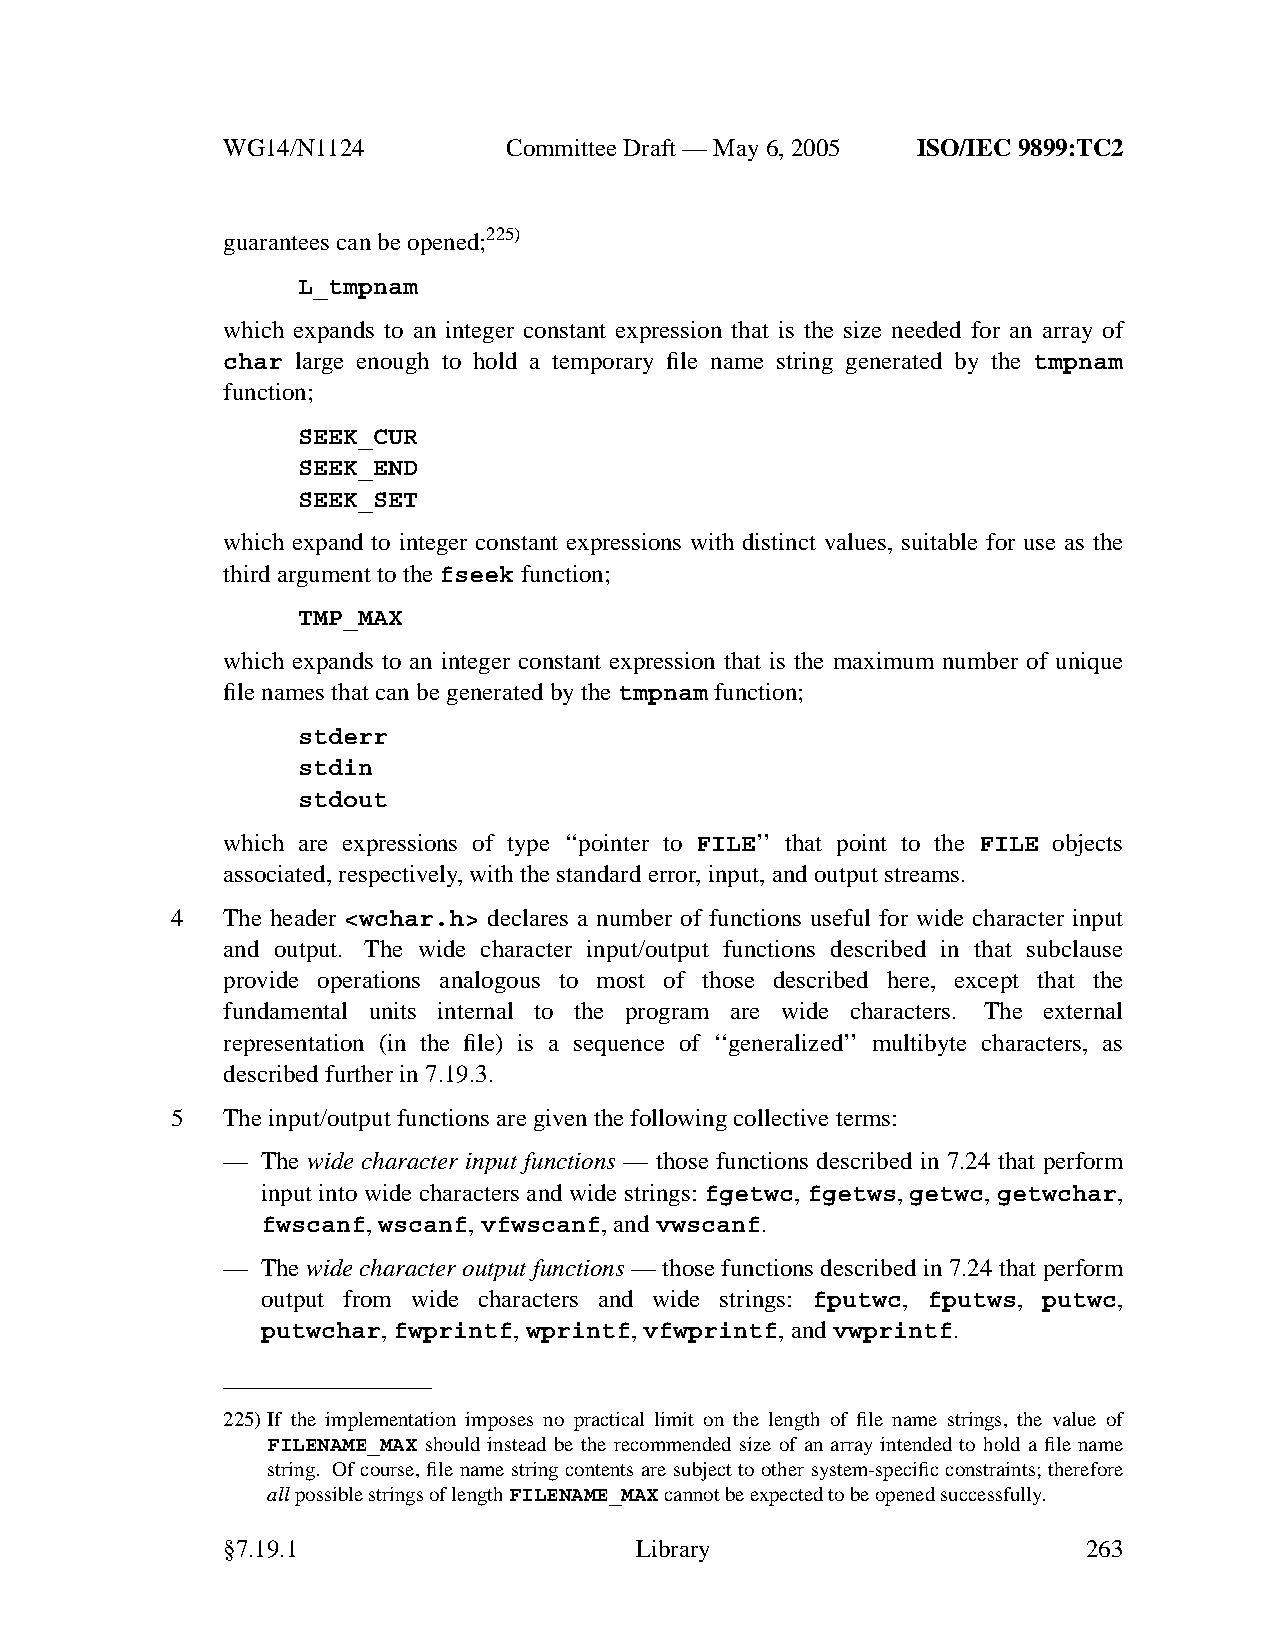
WG14/N1124        CommitteeDraft — May 6, 2005 ISO/IEC 9899:TC2
 guarantees can be opened;225)
 L_tmpnam
 which expands to an integer constant expression that is the size needed for an array of
 char large enough to hold a temporary file name string generated by the tmpnam
 function;
 SEEK_CUR
 SEEK_END
 SEEK_SET
 which expand to integer constant expressions with distinct values, suitable for use as the
 third argument to thefseek function;
 TMP_MAX
 which expands to an integer constant expression that is the maximum number of unique
 file names that can be generated by thetmpnam function;
 stderr
 stdin
 stdout
 which are expressions of type ‘‘pointer to FILE’’ that point to the FILE objects
 associated, respectively,with the standard error,input, and output streams.
 4   The header <wchar.h> declares a number of functions useful for wide character input
 and output. The wide character input/output functions described in that subclause
 provide operations analogous to most of those described here, except that the
 fundamental units internal to the program are wide characters. The external
 representation (in the file) is a sequence of ‘‘generalized’’ multibyte characters, as
 described further in 7.19.3.
 5   The input/output functions are giventhe following collective terms:
 — The wide character input functions — those functions described in 7.24 that perform
 input into wide characters and wide strings: fgetwc, fgetws, getwc, getwchar,
 fwscanf,wscanf,vfwscanf,andvwscanf.
 — The wide character output functions — those functions described in 7.24 that perform
 output from wide characters and wide strings: fputwc, fputws, putwc,
 putwchar,fwprintf,wprintf,vfwprintf,andvwprintf.
 225)If the implementation imposes no practical limit on the length of file name strings, the value of
 FILENAME_MAX should instead be the recommended size of an array intended to hold a file name
 string. Of course, file name string contents are subject to other system-specific constraints; therefore
 allpossible strings of lengthFILENAME_MAXcannot be expected to be opened successfully.
 §7.19.1                    Library                       263